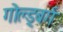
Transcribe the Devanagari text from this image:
गोल्ड्बर्ग